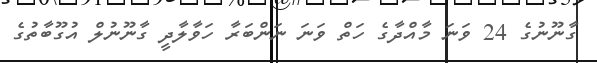
ގާނޫނުގެ 24 ވަނަ މާއްދާގެ ހަތް ވަނަ ނަންބަރާ ހަވާލާދީ ގާނޫނުލް އުގޫބާތުގެ